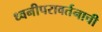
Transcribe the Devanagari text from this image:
ध्वनीपरावर्तनाची